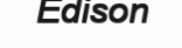
Edison